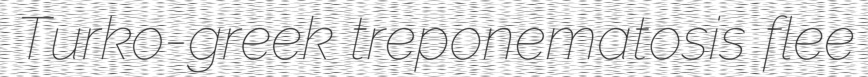
Turko-greek treponematosis flee